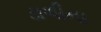
ડાળીના